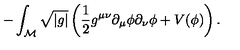
- \int _ { \cal M } \sqrt { \left| g \right| } \left( \frac { 1 } { 2 } g ^ { \mu \nu } \partial _ { \mu } \phi \partial _ { \nu } \phi + V ( \phi ) \right) .